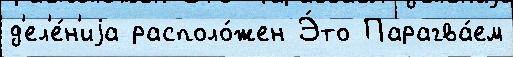
д'ел'е́н'иjа располо́жен Э́то Парагва́ем